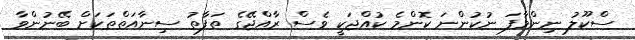
ސްކޫލު ނިންމާފަ ނުކުންނަ ކޮންމެ ކުއްޖަކީ ވެސް ރާއްޖޭގެ ތަފާތު ސިނާއަތްތަކަށް ބޭނުންވާ